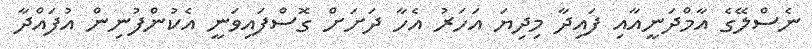
ނެސްލޭގެ އާމްދަނީއާއި ފައިދާ މިދިޔަ އަހަރު އެހާ ދަށަށް ގޮސްފައިވަނީ އެކުންފުނިން އުފައްދާ